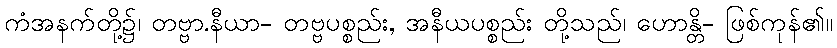
ကံအနက်တို့၌၊ တဗ္ဗာ.နီယာ- တဗ္ဗပစ္စည်း, အနီယပစ္စည်း တို့သည်၊ ဟောန္တိ- ဖြစ်ကုန်၏။